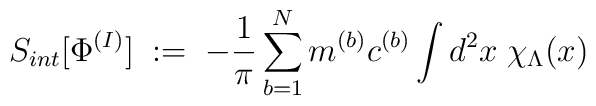
S_{int} [ \Phi^{(I)} ] \; := \; - \frac{1}{\pi} \sum_{b=1}^N m^{(b)} c^{(b)} \int d^2 x \; \chi_\Lambda(x)